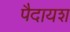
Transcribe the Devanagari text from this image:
पैदायश